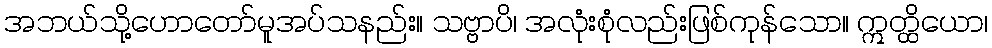
အဘယ်သို့ဟောတော်မူအပ်သနည်း။ သဗ္ဗာပိ၊ အလုံးစုံလည်းဖြစ်ကုန်သော။ ဣတ္ထိယော၊